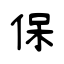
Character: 保